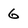
Character: 6